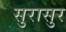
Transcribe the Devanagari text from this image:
सुरासुर